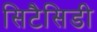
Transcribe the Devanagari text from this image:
सिटैसिडी